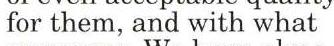
for them, and with what